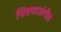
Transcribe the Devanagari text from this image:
चित्रपटसंगीत